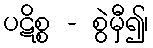
ပဋိစ္စ - စွဲမှီ၍၊